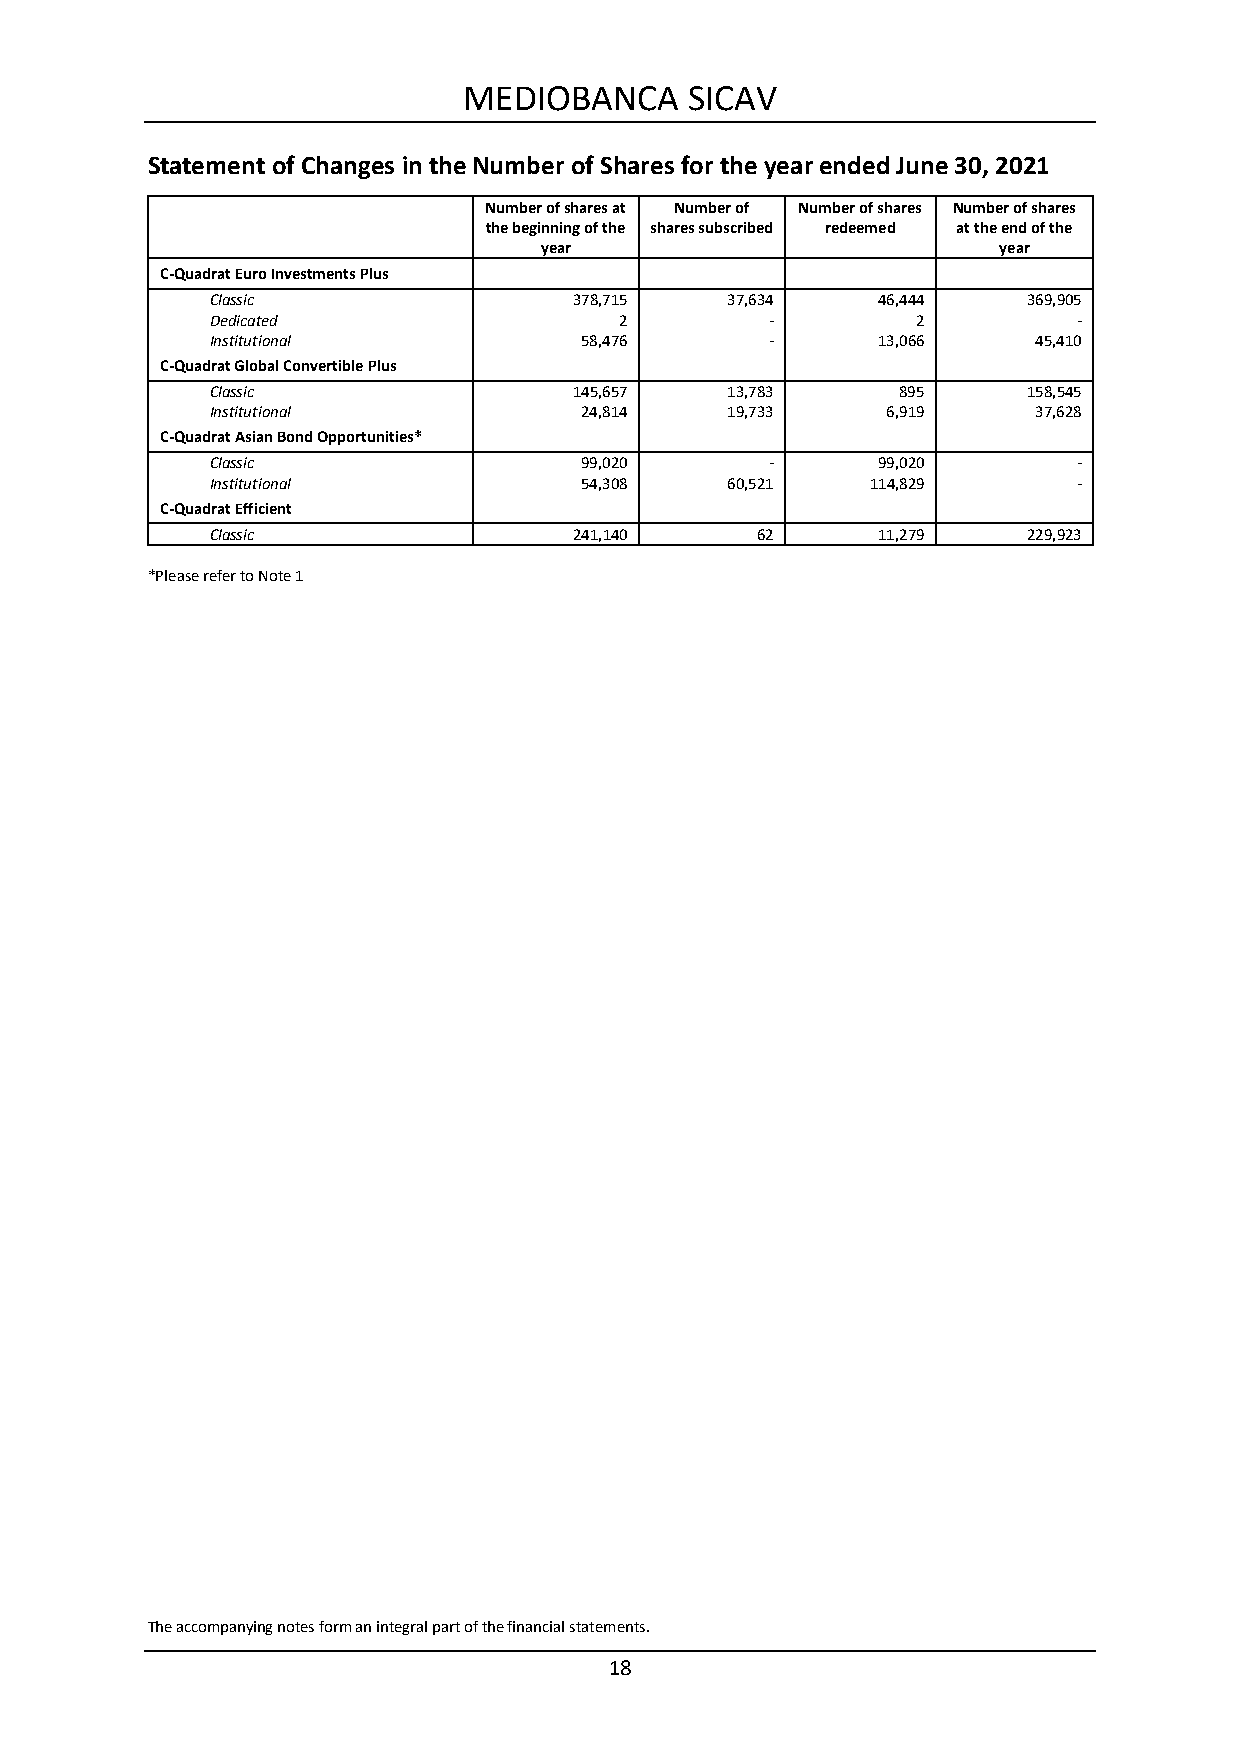
MEDIOBANCA     SICAV
 Statement of Changes in the Number of Shares for the year ended June 30, 2021
 Number of shares at Number of Number of shares Number of shares
 the beginning of the shares subscribed redeemed at the end of the
 year                          year
 C-Quadrat Euro Investments Plus
 Classic                 378,715   37,634    46,444    369,905
 Dedicated                  2         -         2         -
 Institutional           58,476       -      13,066    45,410
 C-Quadrat Global Convertible Plus
 Classic                 145,657   13,783     895      158,545
 Institutional           24,814    19,733     6,919    37,628
 C-Quadrat Asian Bond Opportunities*
 Classic                 99,020       -      99,020       -
 Institutional           54,308    60,521    114,829      -
 C-Quadrat Efficient
 Classic                 241,140     62      11,279    229,923
 *Please refer to Note 1
 The accompanying notes form an integral part of the financial statements.
 18